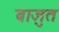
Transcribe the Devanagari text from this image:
बाजुत